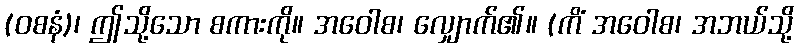
(ဝစနံ)၊ ဤသို့သော စကားကို။ အဝေါစ၊ လျှောက်၏။ (ကိံ အဝေါစ၊ အဘယ်သို့